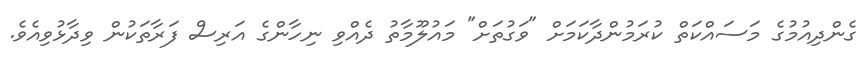
ގެންދިއުމުގެ މަސައްކަތް ކުރަމުންދާކަމަށް "ވަގުތަށް" މައުލޫމާތު ދެއްވި ނިހާންގެ އަރިސް ފަރާތަކުން ވިދާޅުވިއެވެ.